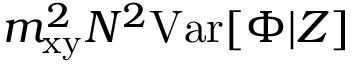
m _ { \mathrm { x y } } ^ { 2 } N ^ { 2 } \mathrm { V a r } [ \Phi | Z ]